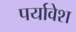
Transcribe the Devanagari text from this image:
पर्यावेश